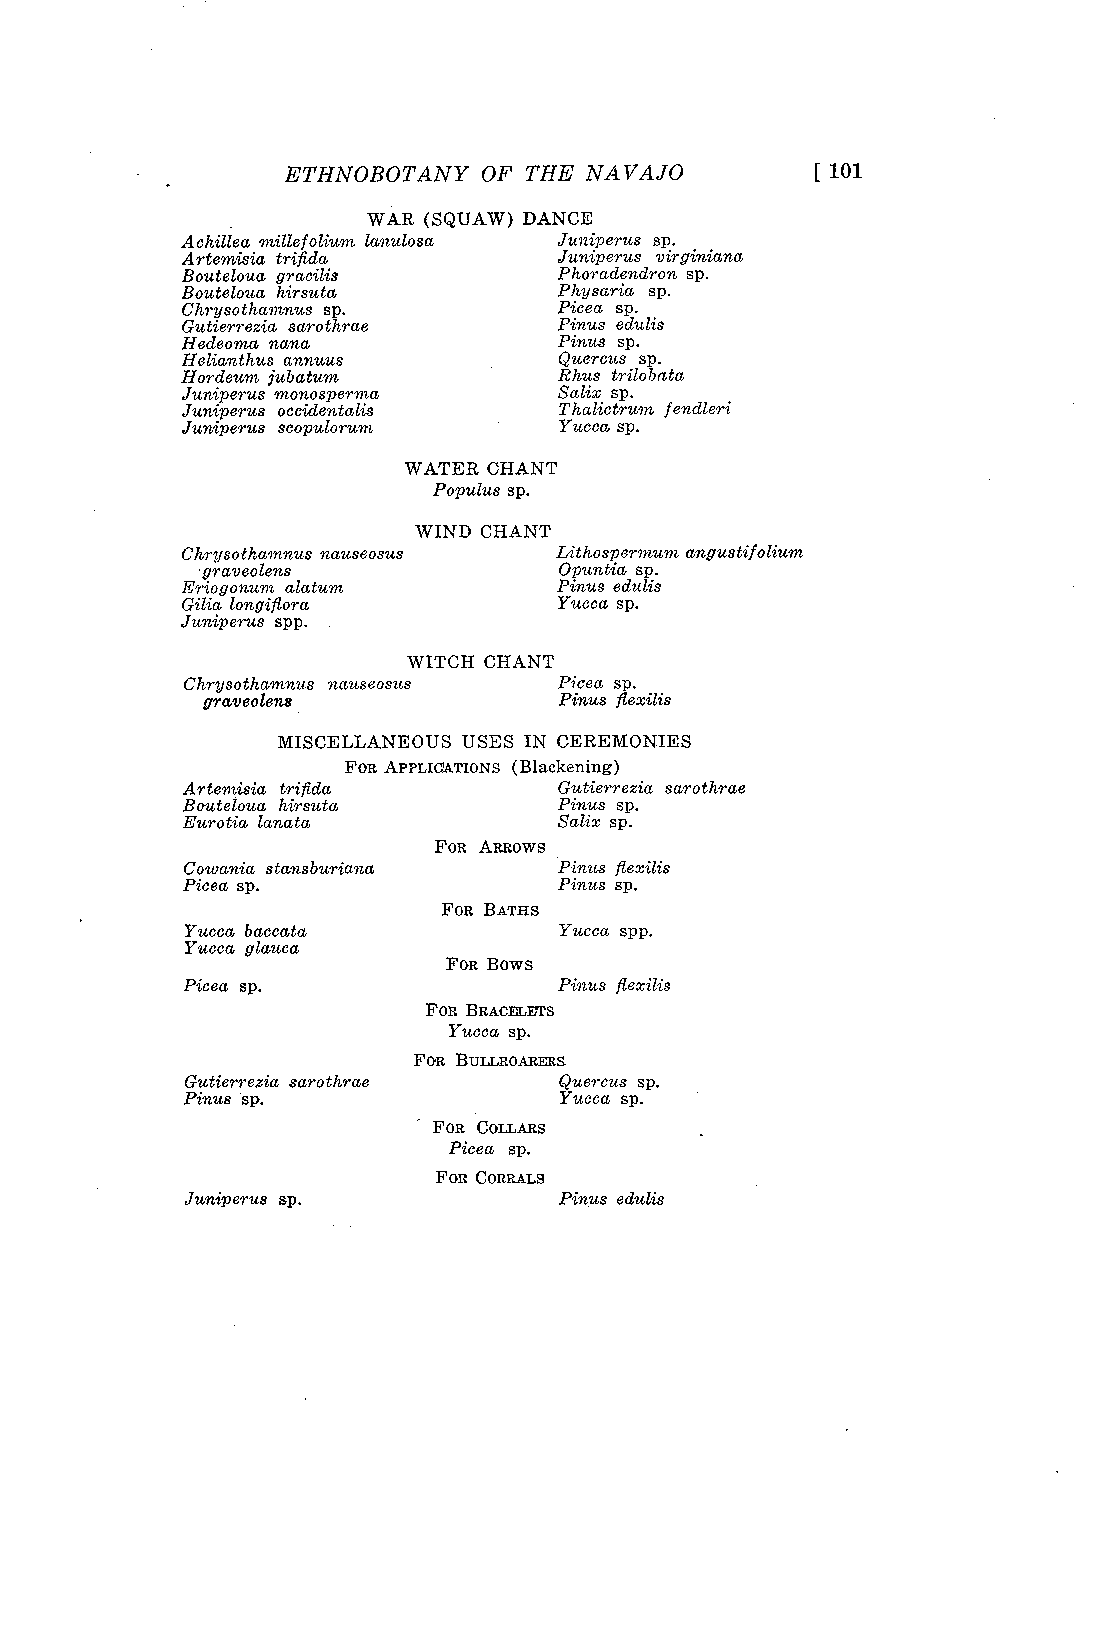
ETHNOBOTANY OF THE  NAVAJO         [101
 WAR (SQUAW) DANCE
 Achillea mille folium lanulosa Juniperus sp.
 Artemisia trifida        Juniperus virginiana
 Bouteloua gracilis       Phoradendron sp.
 Bouteloua hirsuta        Physaria sp.
 Chrysothamnus sp.        Picea sp.
 Gutierrezia sarothrae    Pinus edulis
 Hedeoma nana             Pinus sp.
 Helianthus annuus        Quercus sp.
 Hordeum jubatum          Rhus trilobata
 Juniperus monosperma     Salix sp.
 Juniperus occidentalis   T halictrum f endleri
 Juniperus scopulorum     Yucca sp.
 WATER CHANT
 Populus sp.
 WIND CHANT
 Chrysothamnus nauseosus  Lithospernzum angustifolium
 .graveolens             Opuntia sp.
 Eriogonum alatum         Pinus edulis
 Gilia longifiora         Yucca sp.
 Juniperus spp.
 WITCH CHANT
 Chrysothamnus nauseosus  Picea sp.
 graveolens              Pinus fiexilis
 MISCELLANEOUS USES IN CEREMONIES
 FOR APPLICATIONS (Blackening)
 Artemisia trifl.da       Gutierrezia sarothrae
 Bouteloua hirsuta        Pinus sp.
 Eurotia lanata           Salix sp.
 FOR ARROWS
 Cowania stansburiana     Pinus fiexilis
 Picea sp.                Pinus sp.
 FOR BATHS
 Yucca baccata            Yucca spp.
 Yucca glauca
 FOR Bows
 Picea sp.                Pinus fiexilis
 FOR BRACELETS
 Yucca sp.
 FOR BULLROARERS
 Gutierrezia sarothrae    Quercus sp.
 Pinus 'sp.               Yucca sp.
 FOR COLLARS
 Picea sp.
 FOR CORRALS
 Juniperus sp.            Pinus edulis